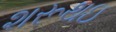
શરૂથઇ